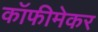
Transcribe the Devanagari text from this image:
कॉफीमेकर